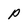
Character: P